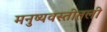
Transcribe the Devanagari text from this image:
मनुष्यवस्तीतली